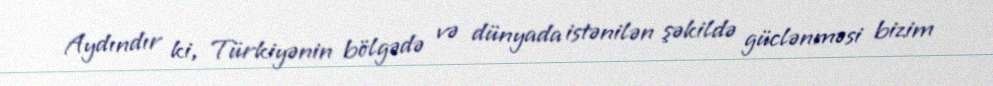
Aydındır ki, Türkiyənin bölgədə və dünyada istənilən şəkildə güclənməsi bizim